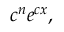
c ^ { n } e ^ { c x } ,